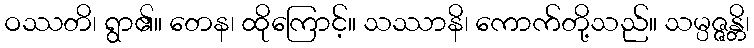
ဝဿတိ၊ ရွာ၏။ တေန၊ ထိုကြောင့်။ သဿာနိ၊ ကောက်တို့သည်။ သမ္ပဇ္ဇန္တိ၊